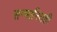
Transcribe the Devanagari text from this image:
सन्मानितही